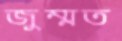
জুম্মত